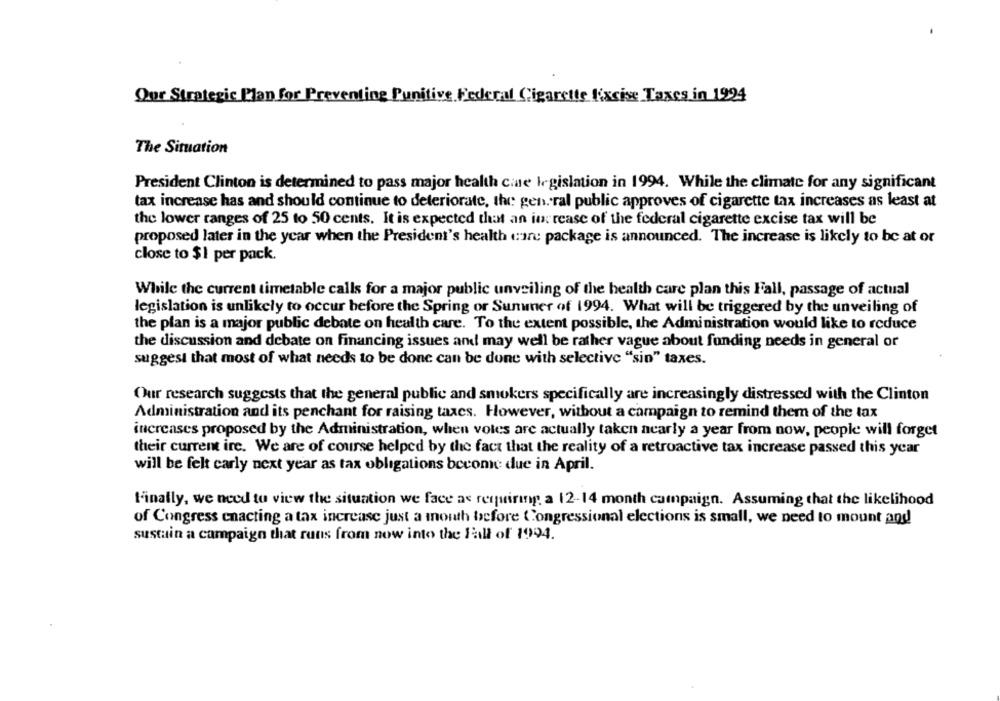
Our Strategic Plan for Preventing Punitive Federal Cigarette fixcise Taxes in 1994
The Situation
President Clinton is determined to pass major health cine legislation in 1994. While the climate for any significant
tax increase has and should continue to deteriorate, the general public approves of cigarette tax increases as least at
the lower ranges of 25 to 50 cents. It is expected that an in: rease of the federal cigarette excise tax will be
proposed later in the year when the President's health ein: package is announced. The increase is likely to be at or
close to $1 per pack.
While the current timetable calls for a major public unveiling of the health care plan this Fall, passage of actual
legislation is unlikely to occur before the Spring or Summer of 1994. What will be triggered by the unveiling of
the plan is a major public debate on health care. To the extent possible, the Administration would like to reduce
the discussion and debate on financing issues and may well be rather vague about funding needs in general or
suggest that most of what needs to be done can be done with selective "sin" taxes.
Our research suggests that the general public and smokers specifically are increasingly distressed with the Clinton
Administration and its penchant for raising taxes. However, without a campaign to remind them of the tax
increases proposed by the Administration, when votes are actually taken nearly a year from now, people will forget
their current ire. We are of course helped by the fact that the reality of a retroactive tax increase passed this year
will be felt carly next year as tax obligations become due in April.
Finally, we need to view the situation we face as requiring a 12-14 month campaign. Assuming that the likelihood
of Congress enacting a tax increase just a month before Congressional elections is small, we need to mount and
sustain a campaign that runs from now into the Fall of 1994.